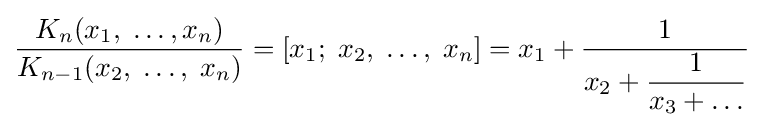
{\frac {K_{n}(x_{1},\;\ldots ,x_{n})}{K_{n-1}(x_{2},\;\ldots ,\;x_{n})}}=[x_{1};\;x_{2},\;\ldots ,\;x_{n}]=x_{1}+{\frac {1}{\displaystyle {x_{2}+{\frac {1}{x_{3}+\ldots }}}}}